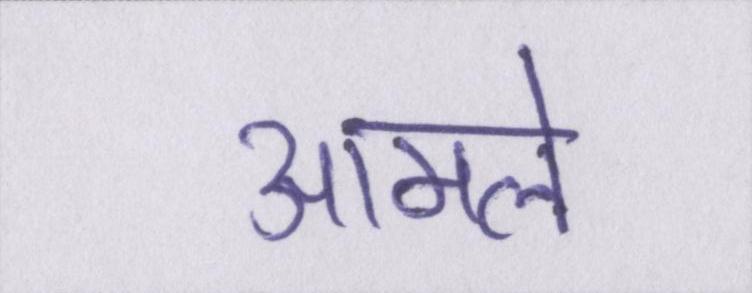
आमले